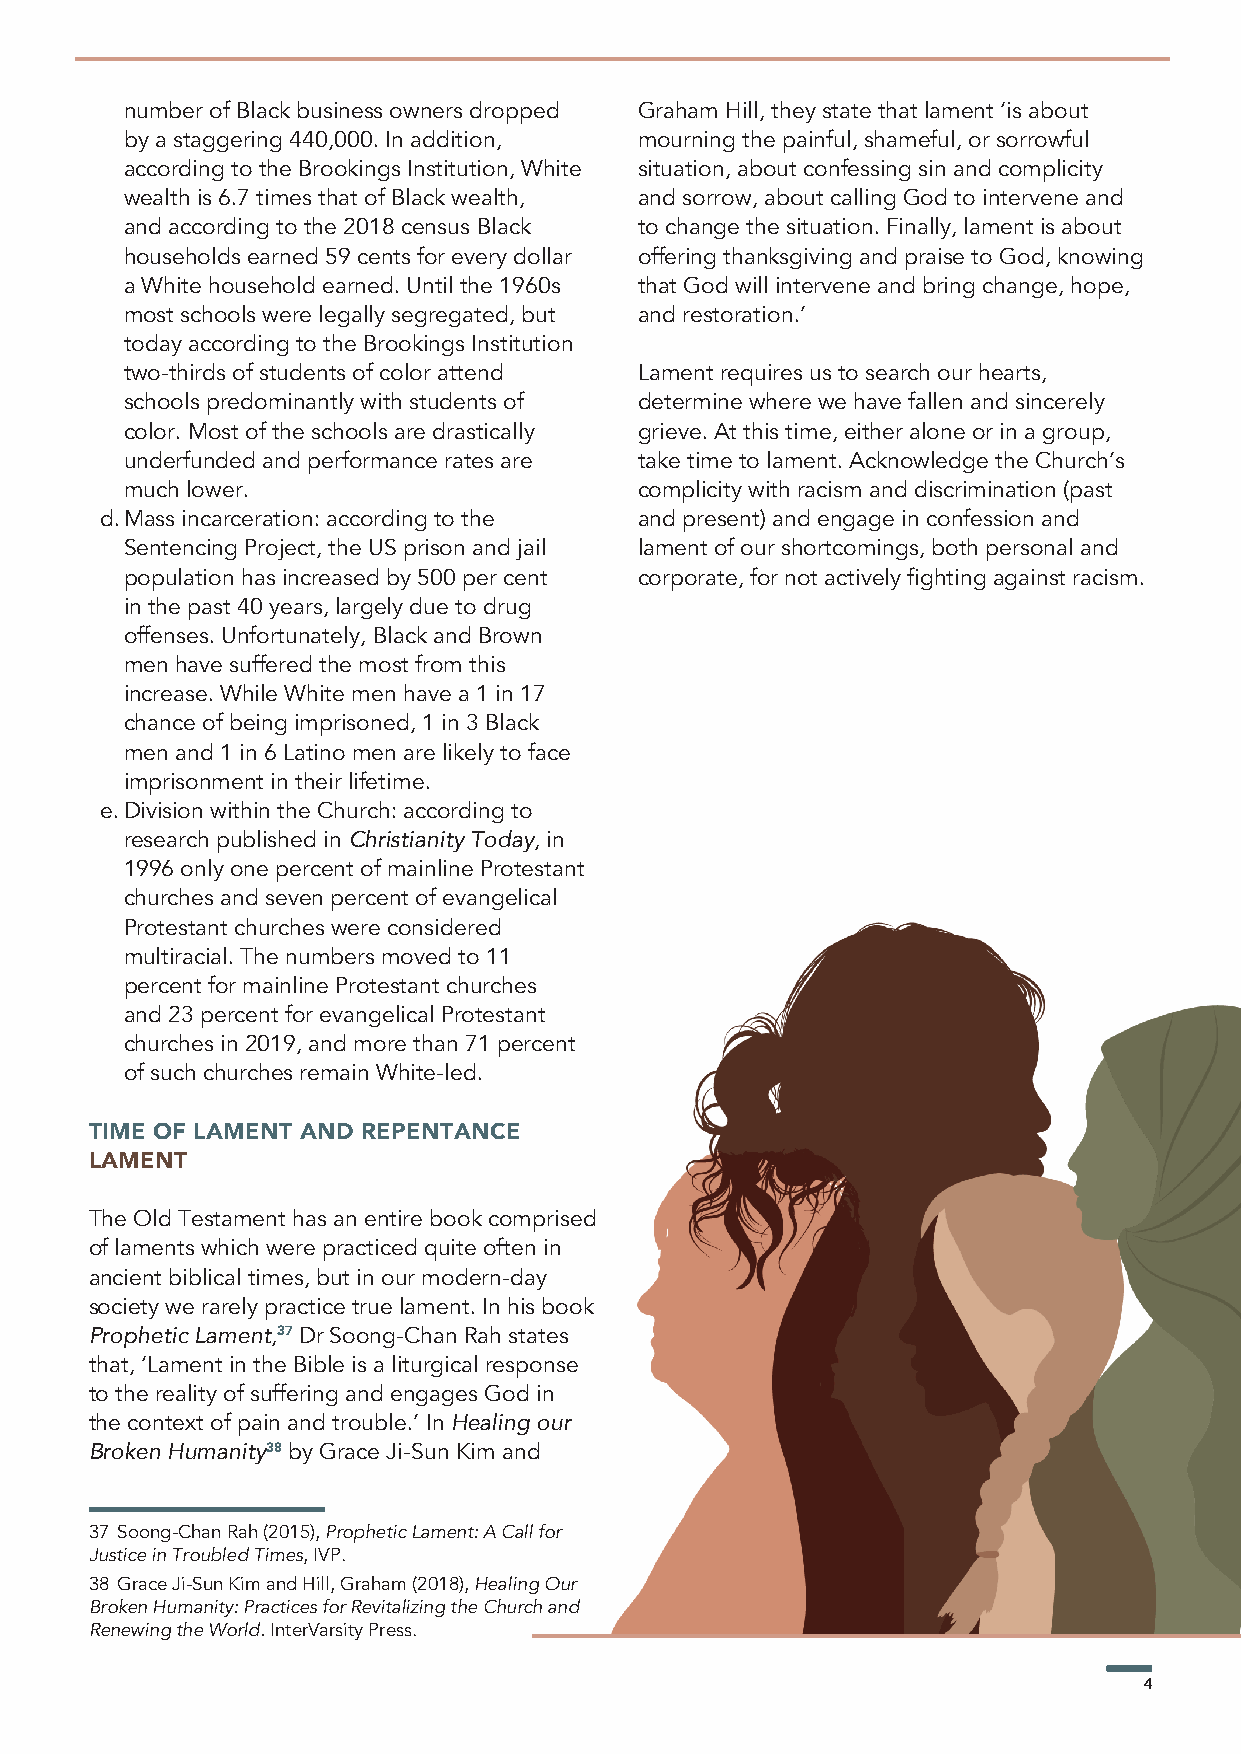
number of Black business owners dropped Graham Hill, they state that lament ‘is about
 by a staggering 440,000. In addition, mourning the painful, shameful, or sorrowful
 according to the Brookings Institution, White situation, about confessing sin and complicity
 wealth is 6.7 times that of Black wealth, and sorrow, about calling God to intervene and
 and according to the 2018 census Black to change the situation. Finally, lament is about
 households earned 59 cents for every dollar offering thanksgiving and praise to God, knowing
 a White household earned. Until the 1960s that God will intervene and bring change, hope,
 most schools were legally segregated, but and restoration.’
 today according to the Brookings Institution
 two-thirds of students of color attend Lament requires us to search our hearts,
 schools predominantly with students of determine where we have fallen and sincerely
 color. Most of the schools are drastically grieve. At this time, either alone or in a group,
 underfunded and performance rates are take time to lament. Acknowledge the Church’s
 much lower.                       complicity with racism and discrimination (past
 d. Mass incarceration: according to the and present) and engage in confession and
 Sentencing Project, the US prison and jail lament of our shortcomings, both personal and
 population has increased by 500 per cent corporate, for not actively fighting against racism.
 in the past 40 years, largely due to drug
 offenses. Unfortunately, Black and Brown
 men have suffered the most from this
 increase. While White men have a 1 in 17
 chance of being imprisoned, 1 in 3 Black
 men and 1 in 6 Latino men are likely to face
 imprisonment in their lifetime.
 e. Division within the Church: according to
 research published in Christianity Today, in
 1996 only one percent of mainline Protestant
 churches and seven percent of evangelical
 Protestant churches were considered
 multiracial. The numbers moved to 11
 percent for mainline Protestant churches
 and 23 percent for evangelical Protestant
 churches in 2019, and more than 71 percent
 of such churches remain White-led.
 TIME OF LAMENT AND REPENTANCE
 LAMENT
 The Old Testament has an entire book comprised
 of laments which were practiced quite often in
 ancient biblical times, but in our modern-day
 society we rarely practice true lament. In his book
 Prophetic Lament,37 Dr Soong-Chan Rah states
 that, ‘Lament in the Bible is a liturgical response
 to the reality of suffering and engages God in
 the context of pain and trouble.’ In Healing our
 Broken Humanity38 by Grace Ji-Sun Kim and
 37 Soong-Chan Rah (2015), Prophetic Lament: A Call for
 Justice in Troubled Times, IVP.
 38 Grace Ji-Sun Kim and Hill, Graham (2018), Healing Our
 Broken Humanity: Practices for Revitalizing the Church and
 Renewing the World. InterVarsity Press.
 4